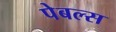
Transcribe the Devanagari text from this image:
पेबल्स